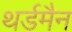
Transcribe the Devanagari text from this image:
थर्डमैन